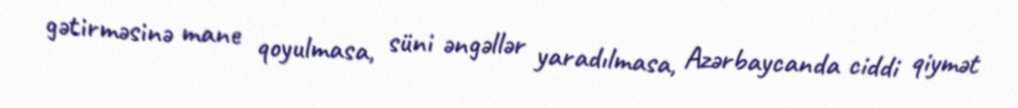
gətirməsinə mane qoyulmasa, süni əngəllər yaradılmasa, Azərbaycanda ciddi qiymət